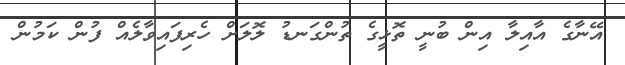
އޭނާގެ އާއިލާ އިން ބުނީ ތޮޅީގެ ތުންގަނޑު ލޮލަށް ހެރިފައިވާލެއް ފުން ކަމުން